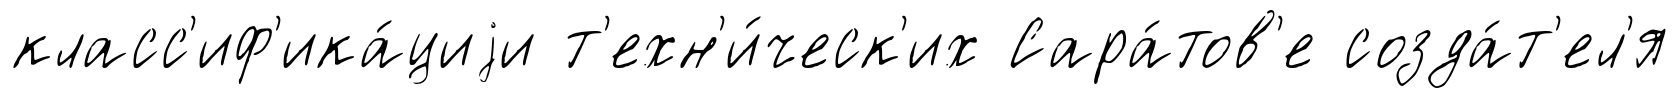
класс'иф'ика́циjи т'ехн'и́ческ'их Сара́тов'е созда́т'ел'я